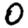
Digit: 0